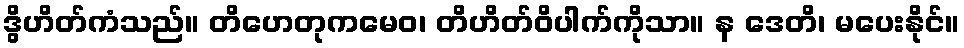
ဒွိဟိတ်ကံသည်။ တိဟေတုကမေဝ၊ တိဟိတ်ဝိပါက်ကိုသာ။ န ဒေတိ၊ မပေးနိုင်။